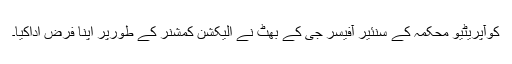
کوآپریٹیو محکمہ کے سنئیر آفیسر جی کے بھٹ نے الیکشن کمشنر کے طورپر اپنا فرض اداکیا۔